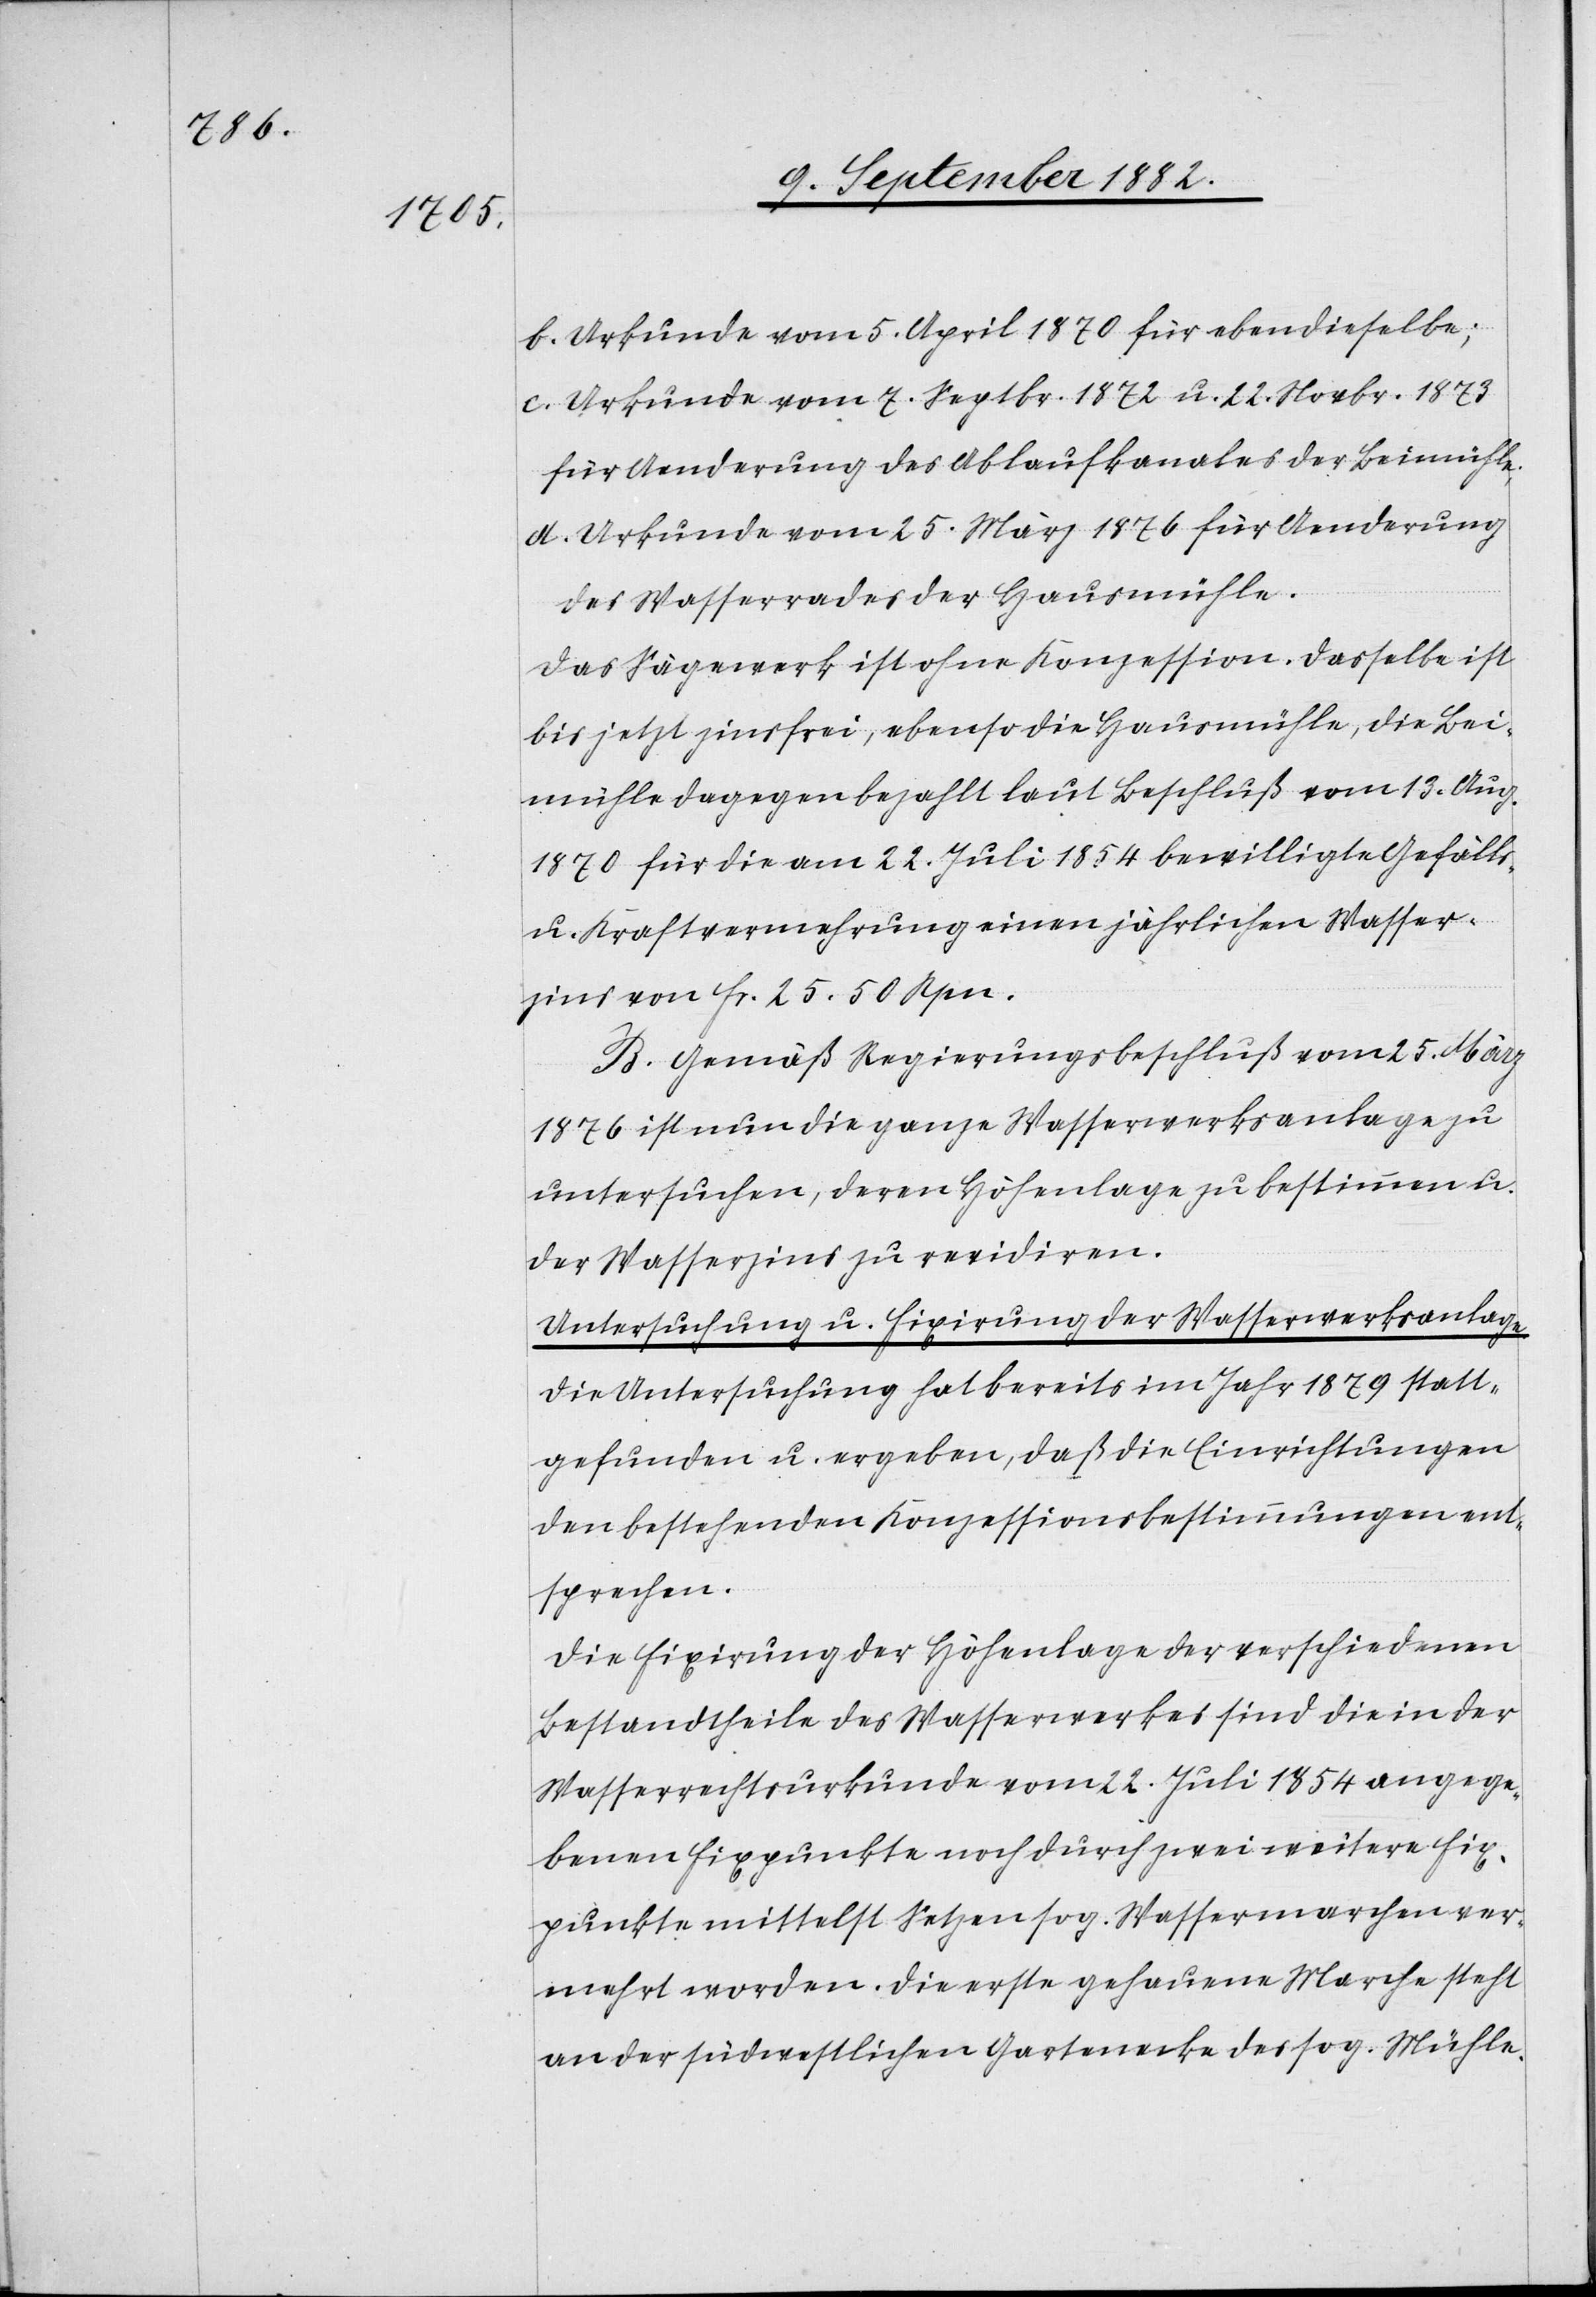
b. Urkunde vom 5. April 1870 für ebendieselbe;
c. Urkunde vom 7. Septbr. 1872 u. 22 Novbr. 1873
für Aenderung des Ablaufkanales der Beimühle.
d. Urkunde vom 25. März 1876 für Aenderung
des Wasserrades der Hausmühle.
Das Sägewerk ist ohne Konzession. Dasselbe ist
bis jetzt zinsfrei, ebenso die Hausmühle, die Bei¬
mühle dagegen bezahlt laut Beschluß vom 13. Aug
1870 für die am 22. Juli 1854 bewilligte Gefälls-
u. Kraftvermehrung einen jährlichen Wasser¬
zins von Fr. 25. 50 Rpn.
B. Gemäß Regierungsbeschluß vom 25. März
1876 ist nun die ganze Wasserwerksanlage zu
untersuchen, deren Höhenlage zu bestimmen u.
der Wasserzins zu revidiren.
Untersuchung u. Fixirung der Wasserwerksanlage.
Die Untersuchung hat bereits im Jahr 1879 statt¬
gefunden u. ergeben, daß die Einrichtungen
den bestehenden Konzessionsbestimmungen ent¬
sprechen.
Die Fixirung der Höhenlage der verschiedene
Bestandtheile des Wasserwerkes sind die in der
Wasserrechtsurkunde vom 22. Juli 1854 angege¬
benen Fixpunkte noch durch zwei weitere Fix¬
punkte mittelst Setzen sog. Wassermarchen ver¬
mehrt worden [sic!]. Die erste gehauene Marche steht
an der südwestlichen Gartenecke des sog. Mühle-